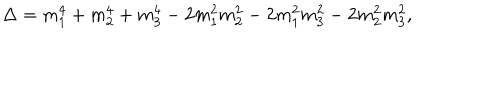
\Delta = m _ { 1 } ^ { 4 } + m _ { 2 } ^ { 4 } + m _ { 3 } ^ { 4 } - 2 m _ { 1 } ^ { 2 } m _ { 2 } ^ { 2 } - 2 m _ { 1 } ^ { 2 } m _ { 3 } ^ { 2 } - 2 m _ { 2 } ^ { 2 } m _ { 3 } ^ { 2 } ,